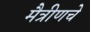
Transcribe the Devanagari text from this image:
मैत्रीणचे